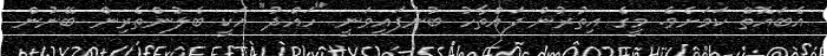
އެބައޮތް ކަމަށެވެ. މީގެ އިތުރުން ފައްތާހު ބުނެފައިވަނީ "ހައްދު" އަކީ ބެލުންތެރިން ބޭނުން